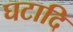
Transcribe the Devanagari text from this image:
घटादि